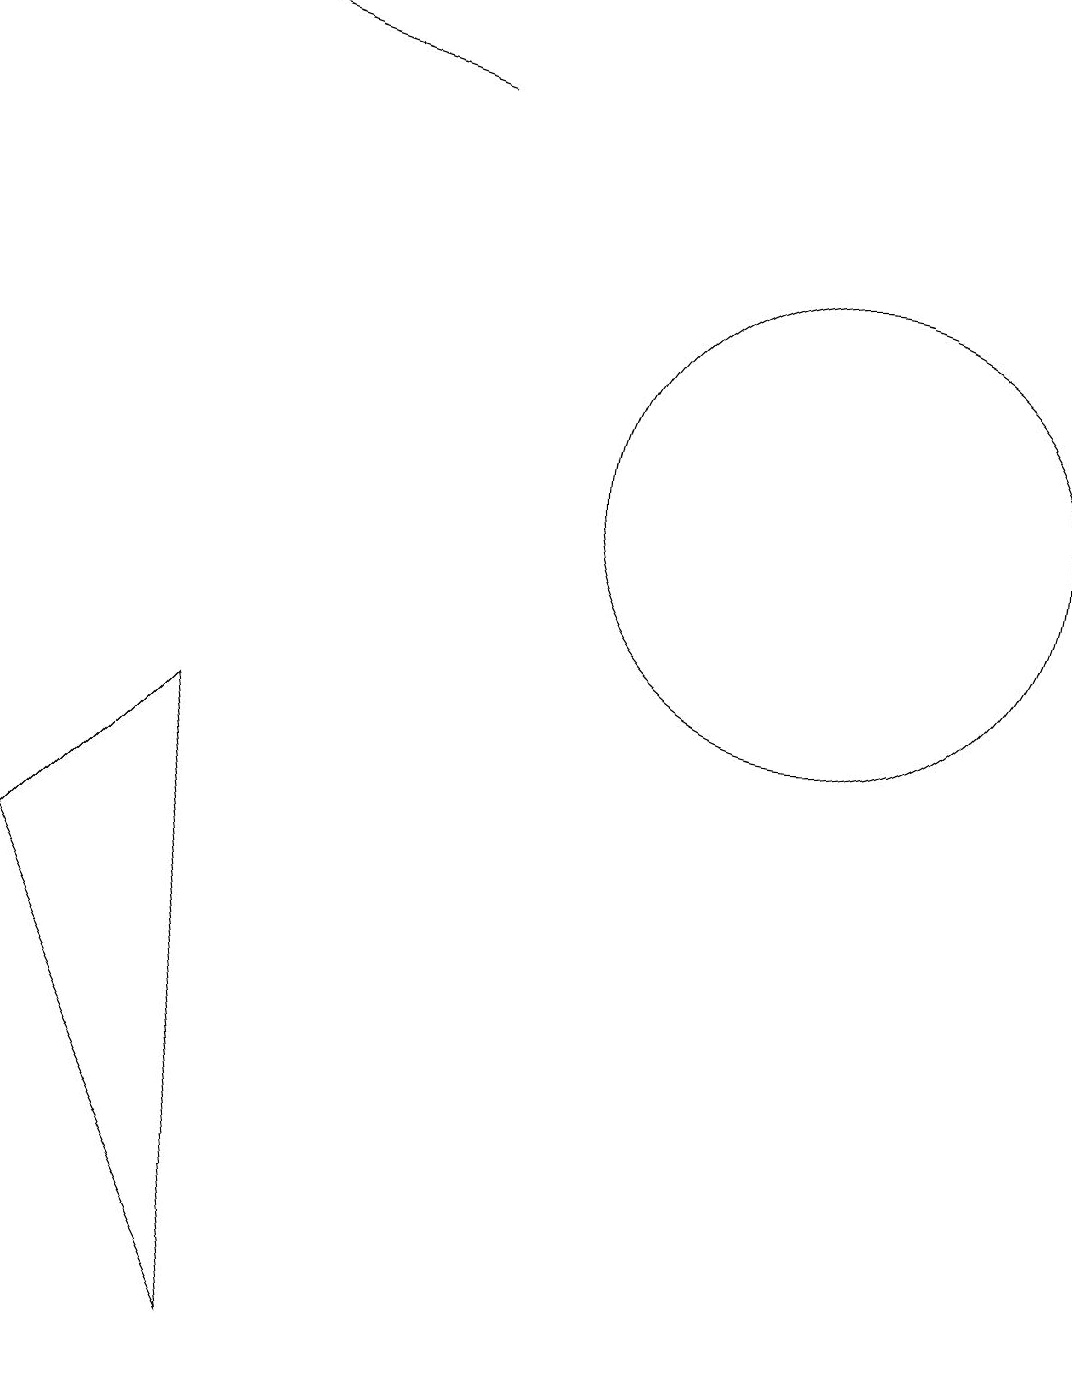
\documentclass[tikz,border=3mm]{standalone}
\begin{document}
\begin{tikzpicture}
\draw (4,0) -- (3,8) -- (1,6) -- cycle;
\draw[->] (6,16) -- (3,17);
\draw (11,11) circle (3);
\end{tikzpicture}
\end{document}